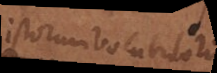
istorum vocabulorum